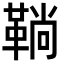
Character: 鞝